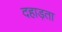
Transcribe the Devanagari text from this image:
दहाड़ता